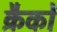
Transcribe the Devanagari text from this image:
क्रैकों